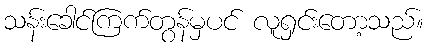
သန်းခေါင်ကြက်တွန်မှပင် လူရှင်းတော့သည်။